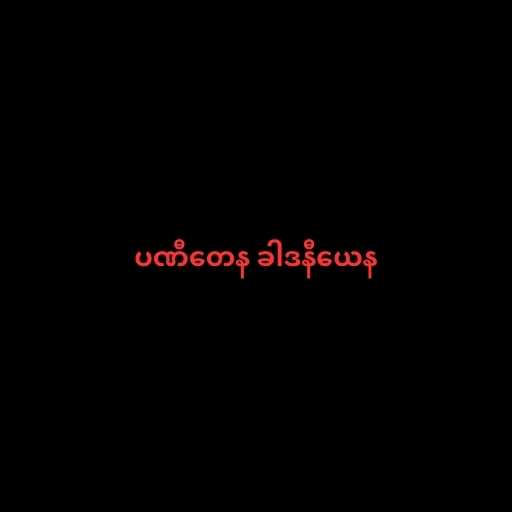
ပဏီတေန ခါဒနီယေန